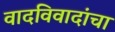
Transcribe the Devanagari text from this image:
वादविवादांचा